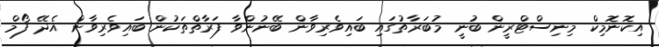
އިކޮނޮމިކް މިނިސްޓްރީން ބުނީ މުބަރާތުގައި ބައިވެރިވާން ބޭނުންވާ ފަރާތްތަކުން ބައިވެރިވާން އެދޭ ފޯމް